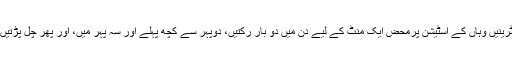
ٹرینیں وہاں کے اسٹیشن پرمحض ایک منٹ کے لیے دن میں دو بار رکتیں، دوپہر سے کچھ پہلے اور سہ پہر میں، اور پھر چل پڑتیں۔